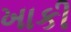
ખાકી